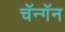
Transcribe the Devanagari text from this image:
चॅन्गॅन